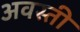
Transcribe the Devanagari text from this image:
अवस्ती